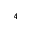
^ 4